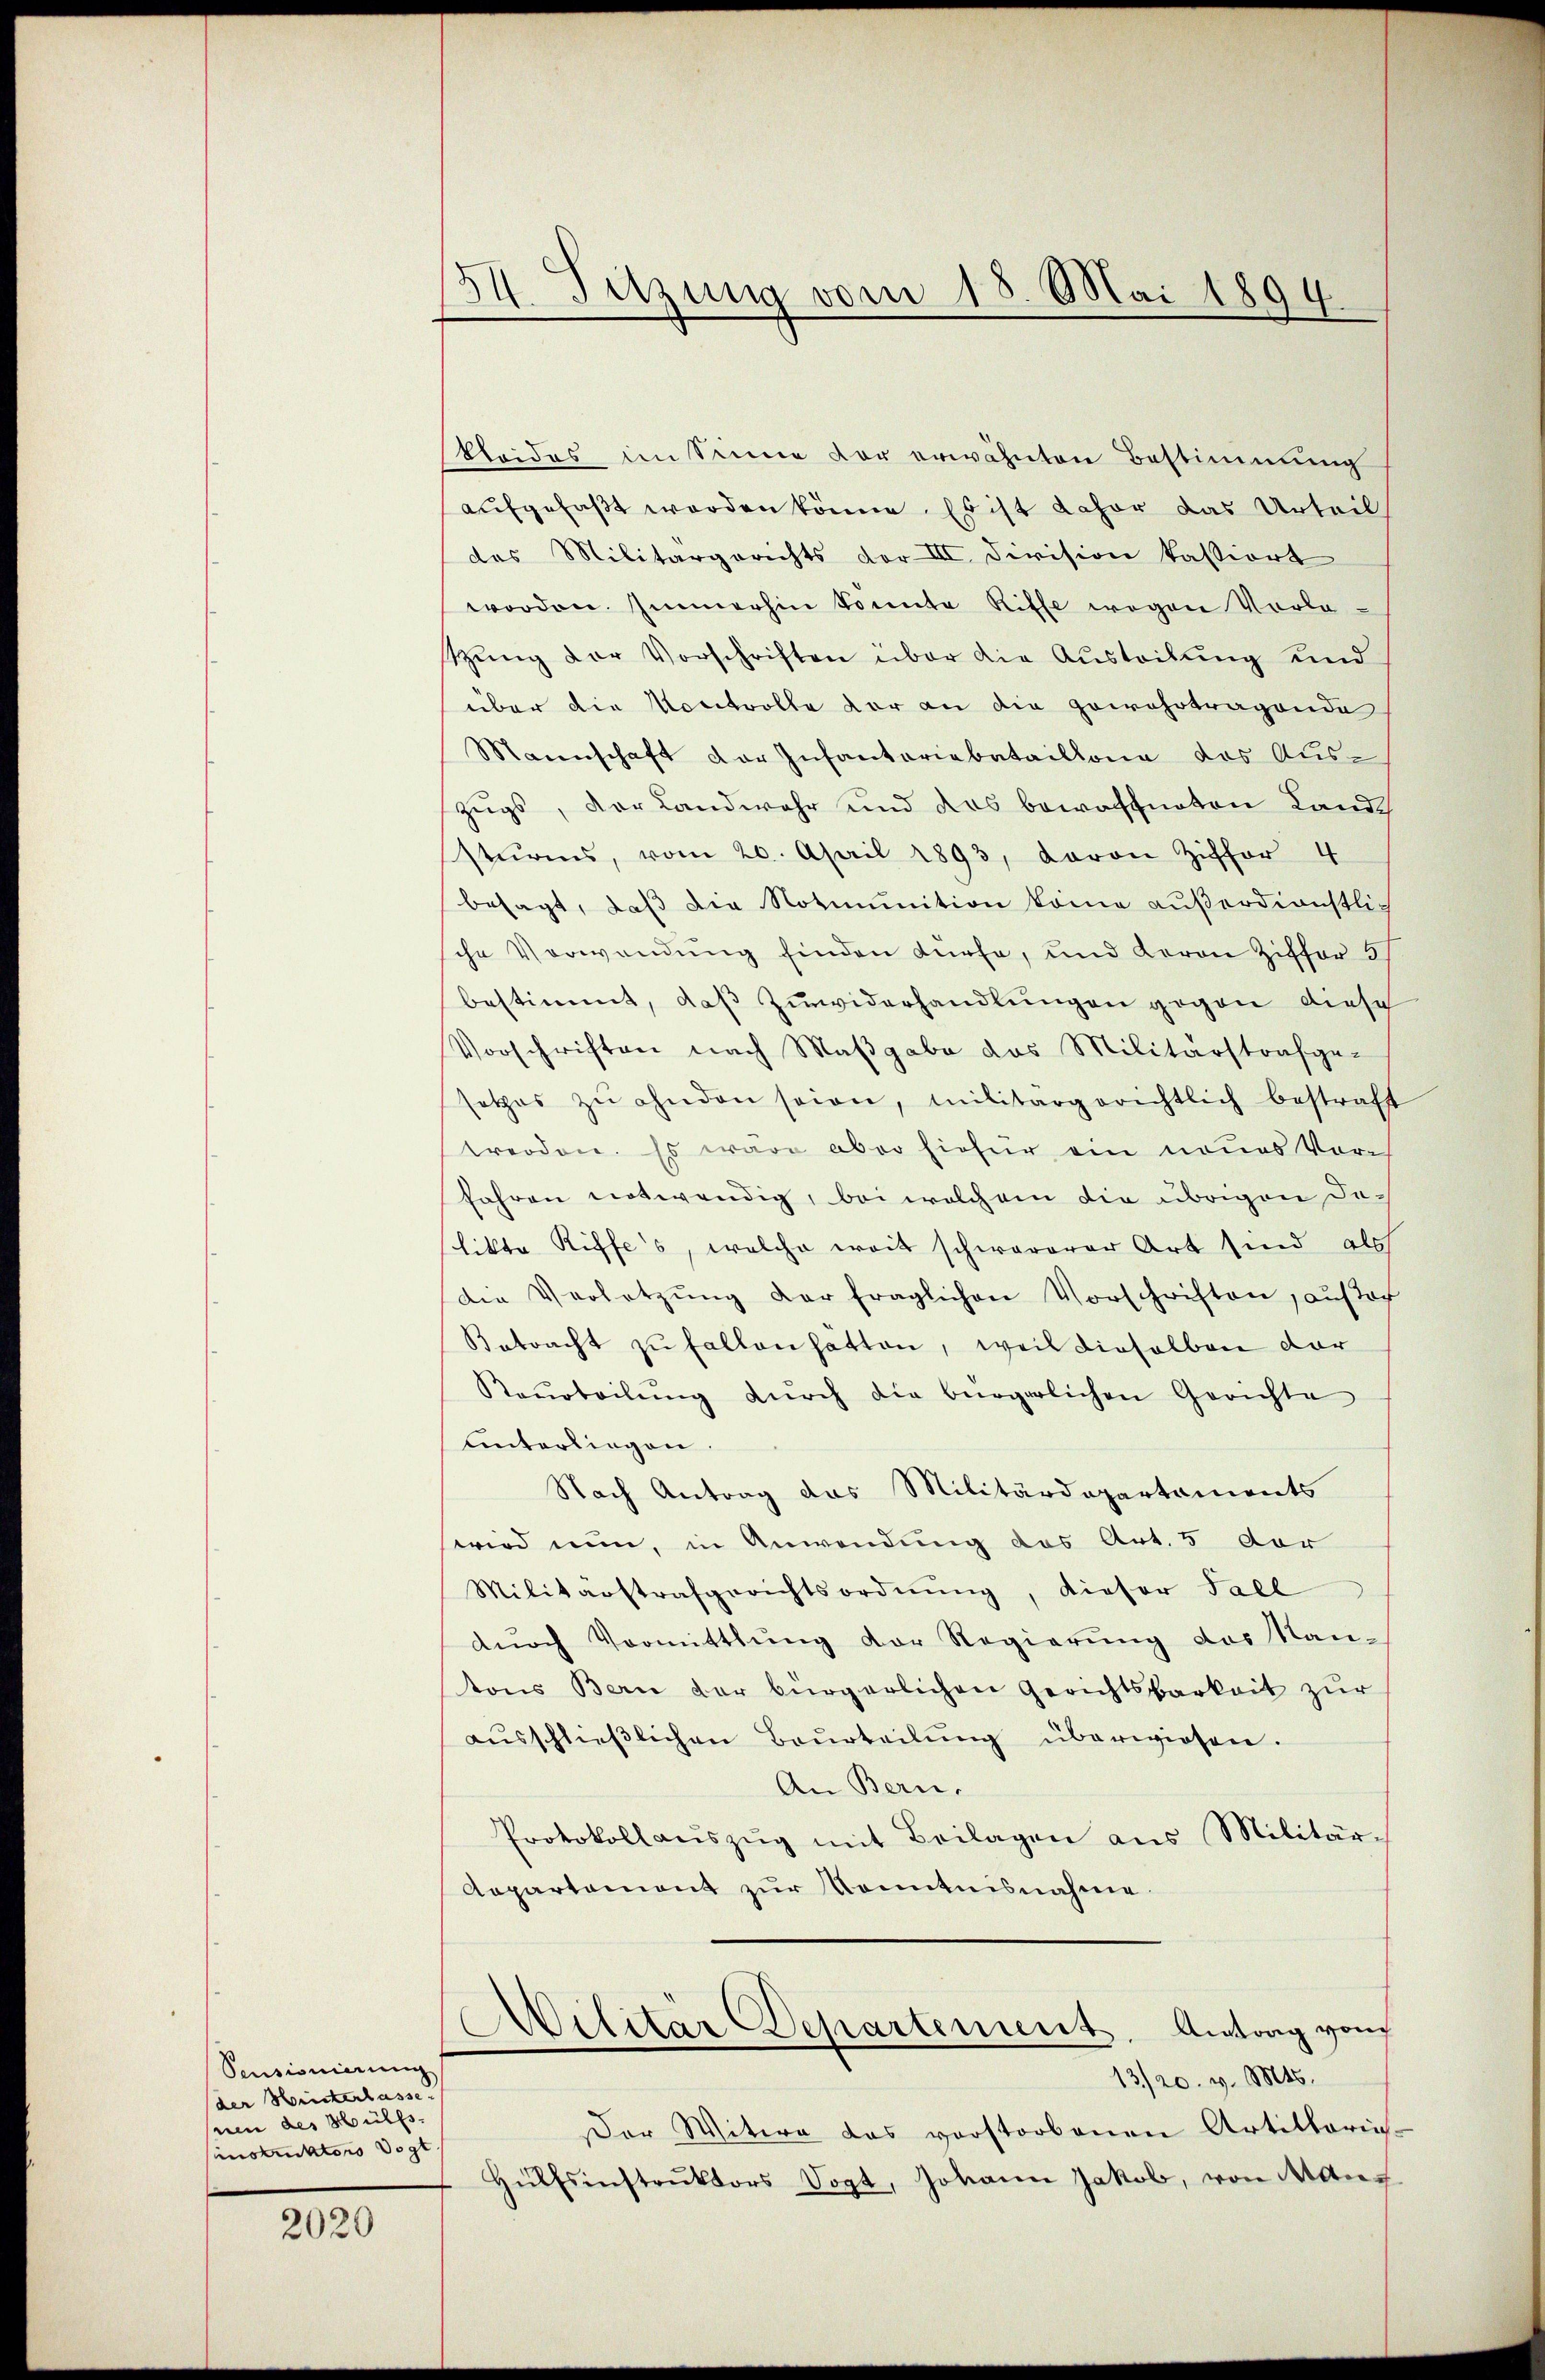
Pensionierung
der Strickerlasse
nen des Hülfs-
snotektors Vogt

2020

34. Sitzung vom 18. Mai 1894.

kleides im Sinne vor erwähnten Bestimmung
aufgefaßt worden könne. Es ist daher das Urteil
das Militärgerichts vor III. Division kasiort
worden. Immerhin konnte Riffe wegen Vorlatzŭng der Vorschriften über die Aŭsteilŭng und
über die Kontrolle der an die gewahrtragende
Manenschaft der Infanteriabataillona das Auszugs, der Landwehr und das bewaffneten Landsch
stŭrms, vom 20. April 1893, davon Ziffer 4
besagt, daß die Notunition komme außerdienstlich
sche Verwendung finden dürfe, und deron Ziffer 5.
bestimmt, daß Zuwiderhandlungen gegen diese
Vorschriften nach Maβgabe das Militärstrafger
setzes zŭ ahnden seien, militärgerichtlich bestraft
treoden. Es wäre aber hiefür ein neues Vor¬
Jahren notwendig, bei welchem die übrigen Dalikte Riffes, welche weit schwererer Art sind als
Die Verletzung der fraglichen Vorschriften, auf doch
Betracht zŭ fallen hatten, weil dieselben dar
Reurteilŭng dŭrch die bürgerlichen Gerichte
linterliegen.
Nach Antrag das Militärdepartaments
wird nun, in Anwendung des Art. 5 der
Militärstrafgerichtsordnŭng, dieser Fall
dŭrch Vormittlung der Regierung des Nan-
tons Bern der bürgerlichen Gerichtsbarkeit zur
aŭsschlieβlichen Beurteilŭng überwiesen.
An Bern,
Protokollaŭszŭg mit Beilagen aus Militär-
Aepartement zur Kenntnisnahme.
Militär Departement. Antrag von
13/20. v. Mts.
Der Witwe das vorstorbenen Artillari-
Hülfsinstrŭktors Vogt, Johann Jakob, von dies